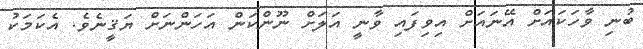
ބުނި ވާހަކައަށް އޭނައަށް އިވިފައި ވާނީ އަލަށް ނޫންކަން އަހަންނަށް ޔަޤީނެވެ. އެކަމަކު